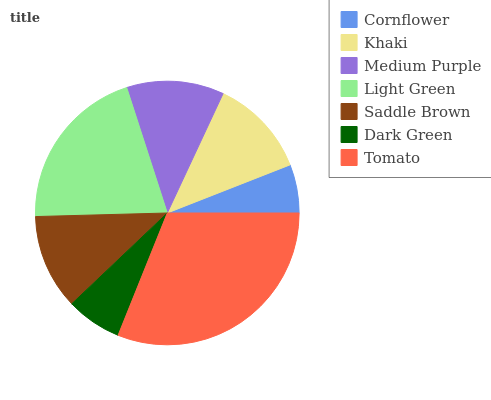
| Cornflower | Khaki | Medium Purple | Light Green | Saddle Brown | Dark Green | Tomato |
 | --- | --- | --- | --- | --- | --- | --- |
 | 5.95% | 12.1% | 11.9% | 20.5% | 11.7% | 6.81% | 31% |